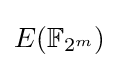
E(\mathbb {F} _{2^{m}})